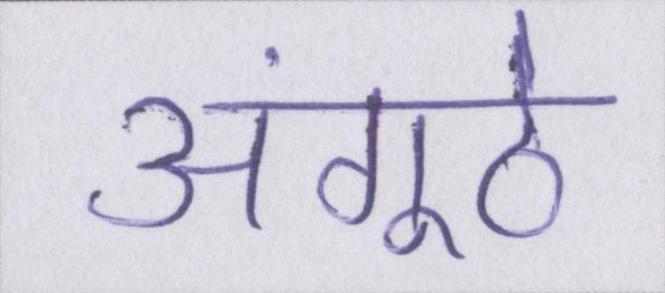
अंगूठे